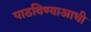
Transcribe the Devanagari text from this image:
पाठविण्याआधी